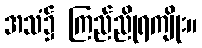
အသံ၌ ကြည်ညိုရကျိုး။